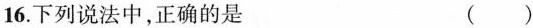
16.下列说法中，正确的是 ()